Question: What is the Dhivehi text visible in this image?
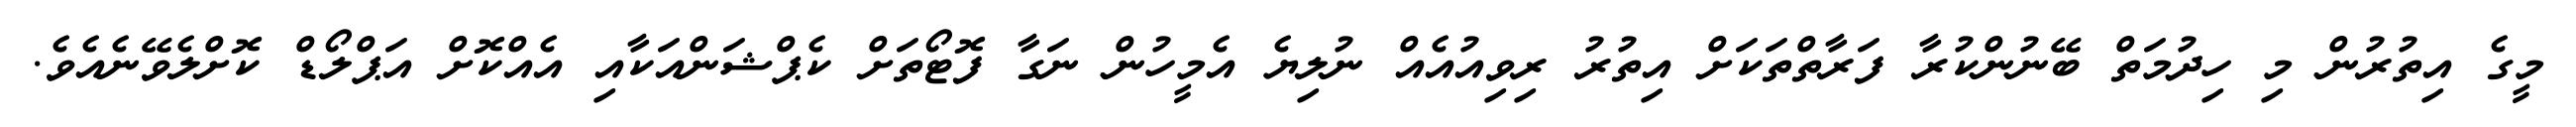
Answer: މީގެ އިތުރުން މި ހިދުމަތް ބޭނުންކުރާ ފަރާތްތަކަށް އިތުރު ރިވިއުއެއް ނުލިޔެ އެމީހުން ނަގާ ފޮޓޯތަށް ކެޕްޝަންއަކާއި އެއްކޮށް އަޕްލޯޑް ކޮށްލެވޭނެއެވެ.